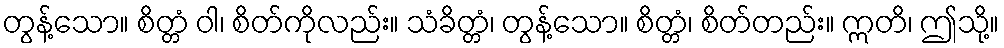
တွန့်သော။ စိတ္တံ ဝါ၊ စိတ်ကိုလည်း။ သံခိတ္တံ၊ တွန့်သော။ စိတ္တံ၊ စိတ်တည်း။ ဣတိ၊ ဤသို့။